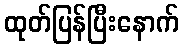
ထုတ်ပြန်ပြီးနောက်